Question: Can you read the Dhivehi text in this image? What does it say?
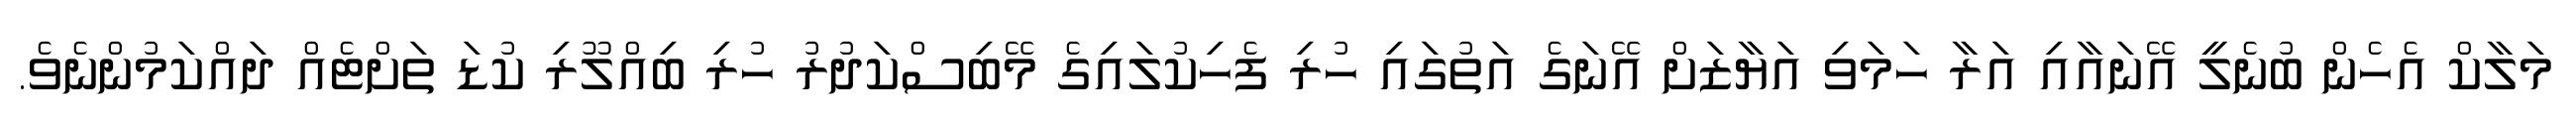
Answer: މަލާކް އެހެން ބުނެލީ އޭނައާއި އަރާ ހަމަވި އަޔާޒަށް އޭނަގެ އަތުގައި ހުރި ފެހިކުލައިގެ މޭބިސްކަދުރު ހުރި ބިއްލޫރި ކުޑަ ތަށްޓެއް ދައްކަމުންނެވެ.